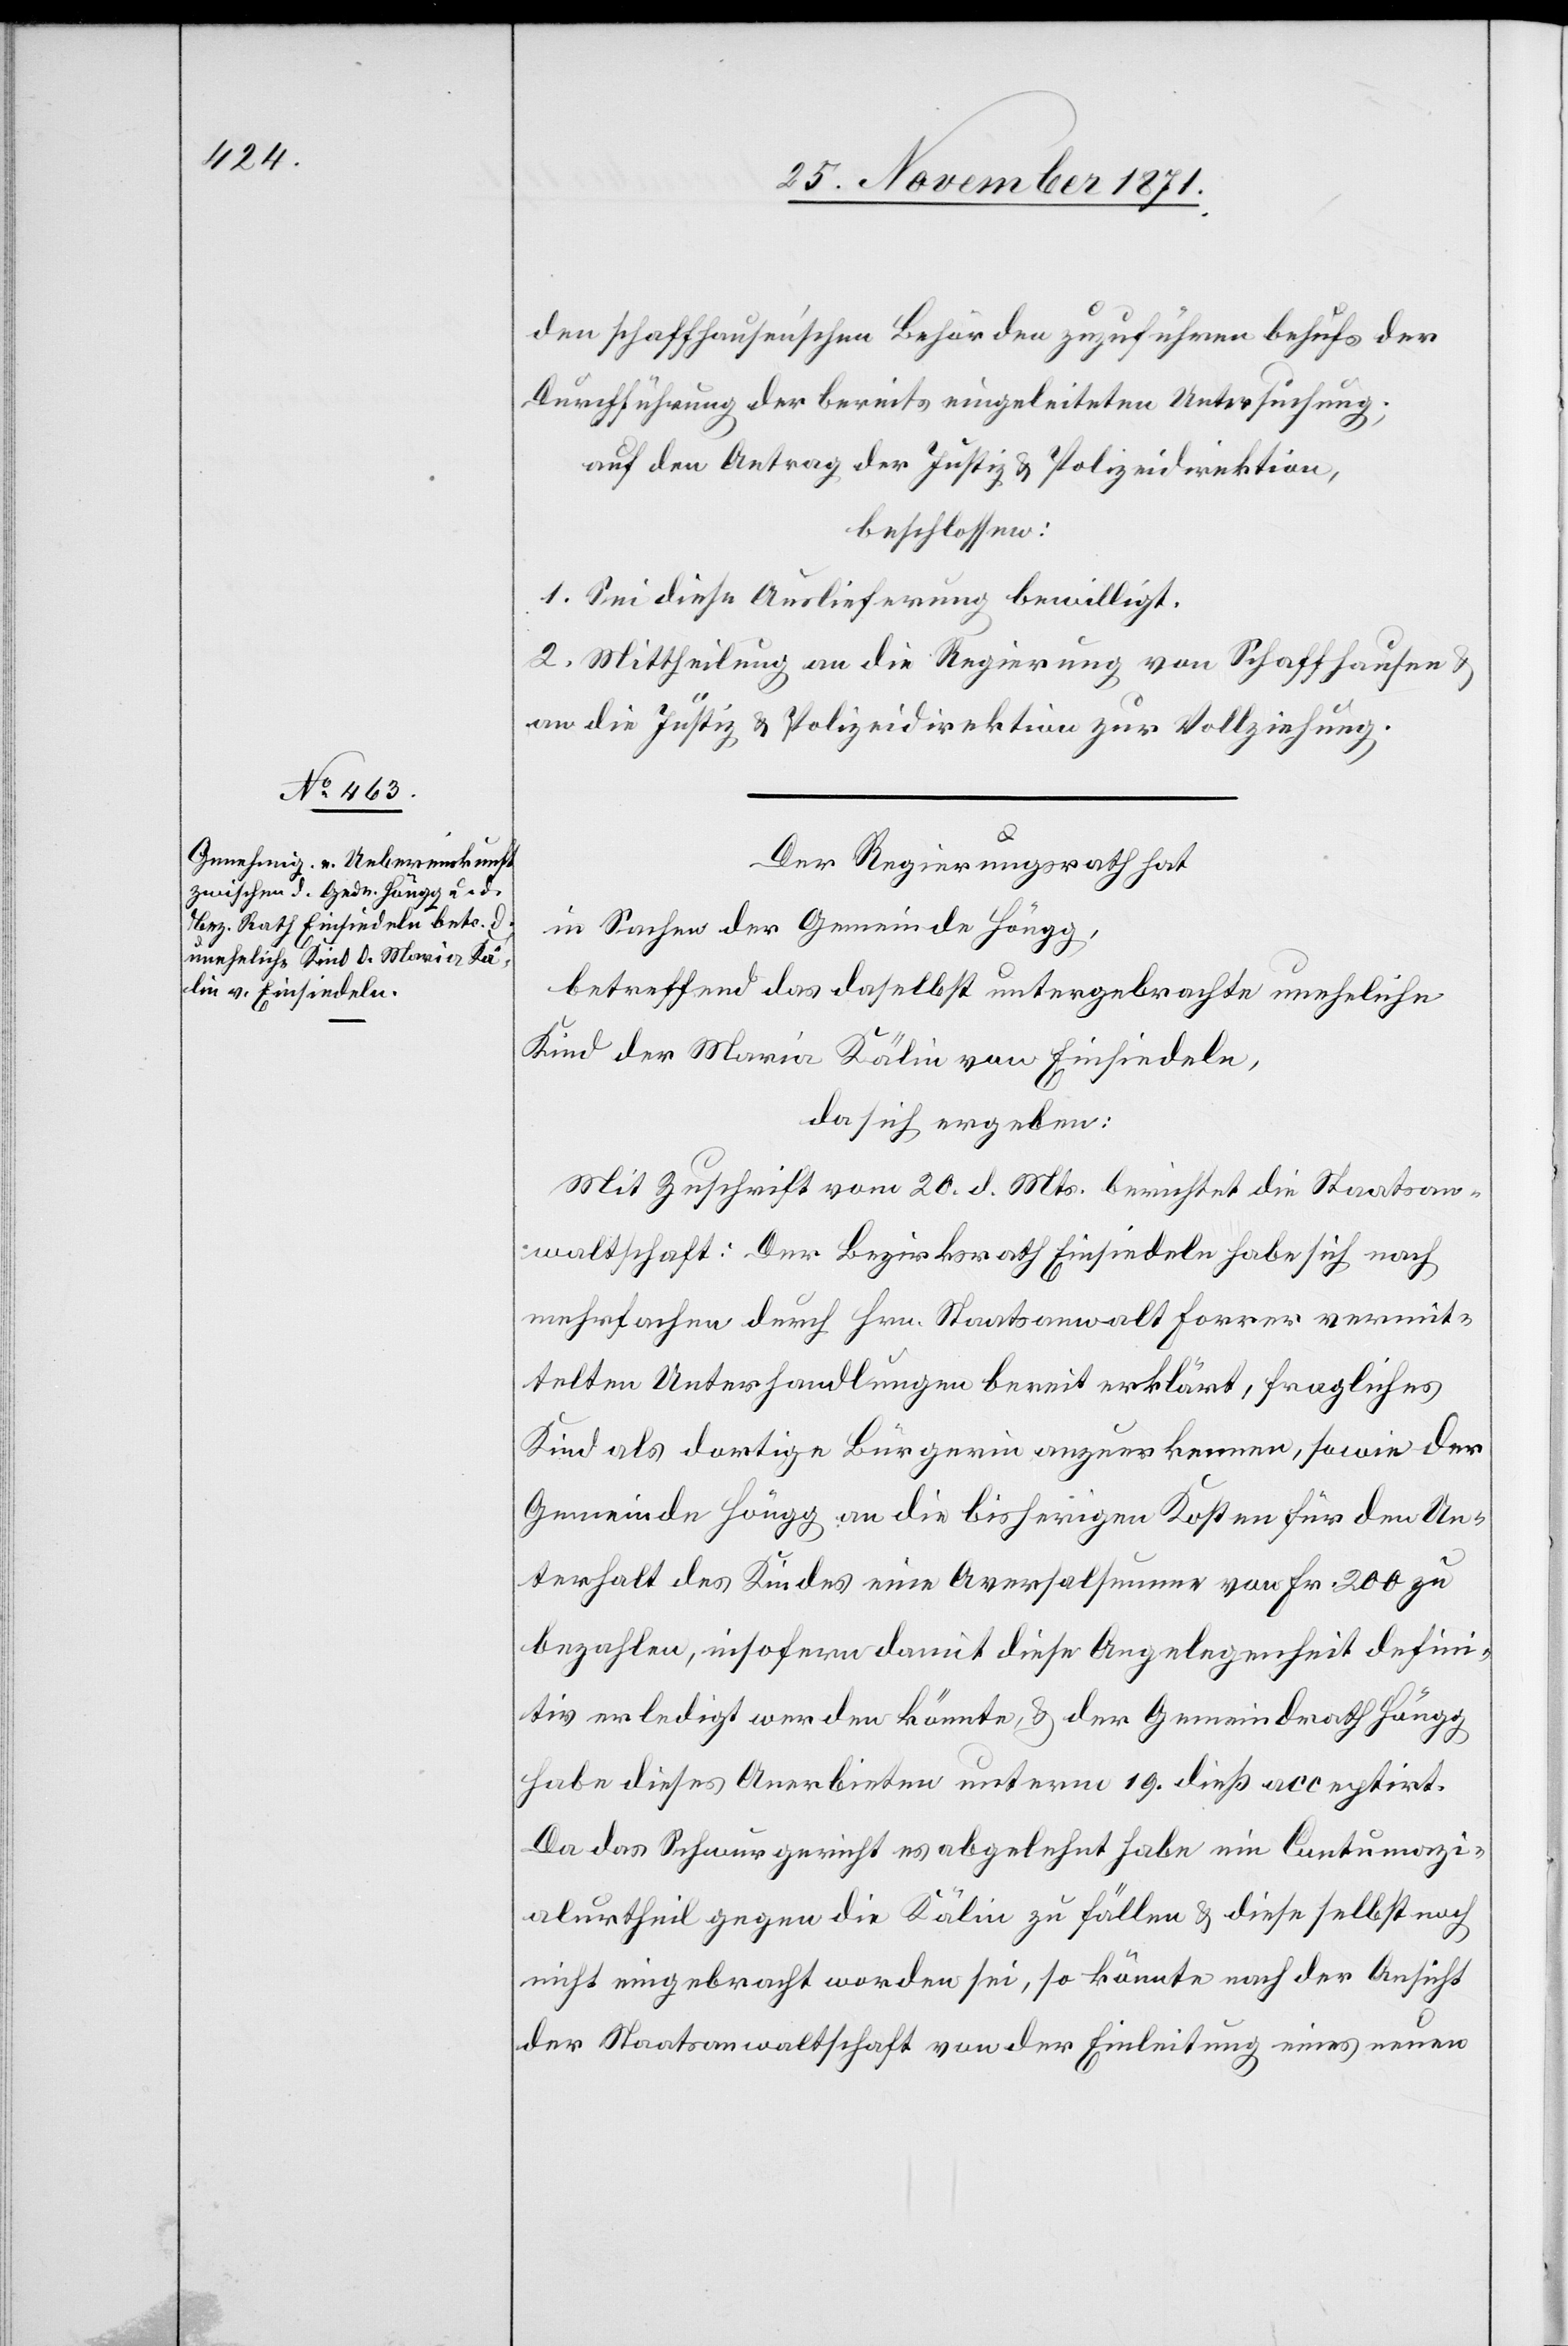
den schaffhauser’schen Behörden zuzuführen behufs der
Durchführung der bereits eingeleiteten Untersuchung;
auf den Antrag der Justiz[-] & Polizeidirektion,
beschlossen:
1. Sei diese Auslieferung bewilligt.
2. Mittheilung an die Regierung von Schaffhausen &
an die Justiz[-] & Polizeidirektion zur Vollziehung.
Der Regierungsrath hat
in Sachen der Gemeinde Höngg,
betreffend das daselbst untergebrachte uneheliche
Kind der Maria Kälin von Einsiedeln,
da sich ergeben:
Mit Zuschrift vom 20. d. Mts. berichtet die Staatsan¬
waltschaft: Der Bezirksrath Einsiedeln habe sich nach
mehrfachen durch Hrn. Staatsanwalt Forrer vermit¬
telten Unterhandlungen bereit erklärt, fragliches
Kind als dortige Bürgerin anzuerkennen, sowie der
Gemeinde Höngg an die bisherigen Kosten für den Un¬
terhalt des Kindes eine Aversalsumme von Fr. 200 zu
bezahlen, insofern damit diese Angelegenheit defini¬
tiv erledigt werden könnte & der Gemeindrath Höngg
habe dieses Anerbieten unterm 19. dieß acceptirt.
Da das Schwurgericht es abgelehnt habe ein Contumazi¬
alurtheil gegen die Kälin zu fällen & diese selbst noch
nicht eingebracht worden sei, so könnte nach der Ansicht
der Staatsanwaltschaft von der Einleitung eines neuen